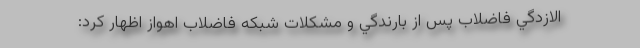
الازدگي فاضلاب پس از بارندگي و مشكلات شبكه فاضلاب اهواز اظهار كرد: